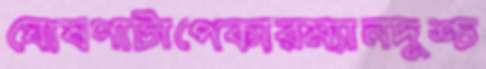
ঘোষণাটাপেকারম্যানদুশ্চ